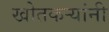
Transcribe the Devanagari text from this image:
खोतकर्‍यांनी